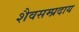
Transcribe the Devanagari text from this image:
शैवसम्प्रदाय